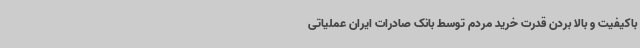
باکیفیت و بالا بردن قدرت خرید مردم توسط بانک صادرات ایران عملیاتی